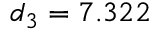
d _ { 3 } = 7 . 3 2 2